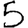
Digit: 5